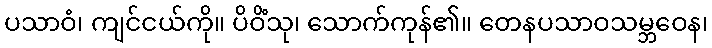
ပသာဝံ၊ ကျင်ငယ်ကို။ ပိဝိံသု၊ သောက်ကုန်၏။ တေနပသာဝသမ္ဘဝေန၊